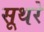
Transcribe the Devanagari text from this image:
सूथरे